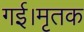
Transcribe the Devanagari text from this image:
गई।मृतक